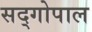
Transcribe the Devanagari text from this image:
सद्‍गोपाल